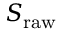
\boldsymbol { S } _ { \mathrm { r a w } }